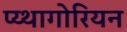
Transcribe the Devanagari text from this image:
प्य्थागोरियन